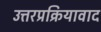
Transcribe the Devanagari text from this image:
उत्तरप्रक्रियावाद